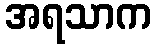
အရသာက